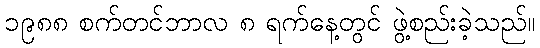
၁၉၈၈ စက်တင်ဘာလ ၈ ရက်နေ့တွင် ဖွဲ့စည်းခဲ့သည်။